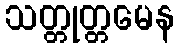
သတ္တုတ္တမေန